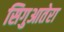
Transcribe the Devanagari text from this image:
सिगुआतेरा